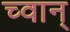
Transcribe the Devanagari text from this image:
च्वान्